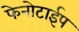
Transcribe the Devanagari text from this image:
फेनोटाईप